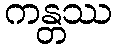
ကန္တဿ